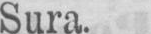
Sura.